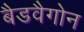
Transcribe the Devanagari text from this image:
बैडवैगोन